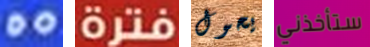
DO فترة يحول ستأخذني